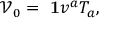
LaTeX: { \ \mathcal { V } } _ { 0 } = \mathrm { { \bf ~ 1 } } v ^ { a } T _ { a } ,